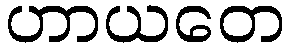
ဟာယတေ